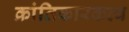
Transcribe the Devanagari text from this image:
क्रांतिकारकत्व